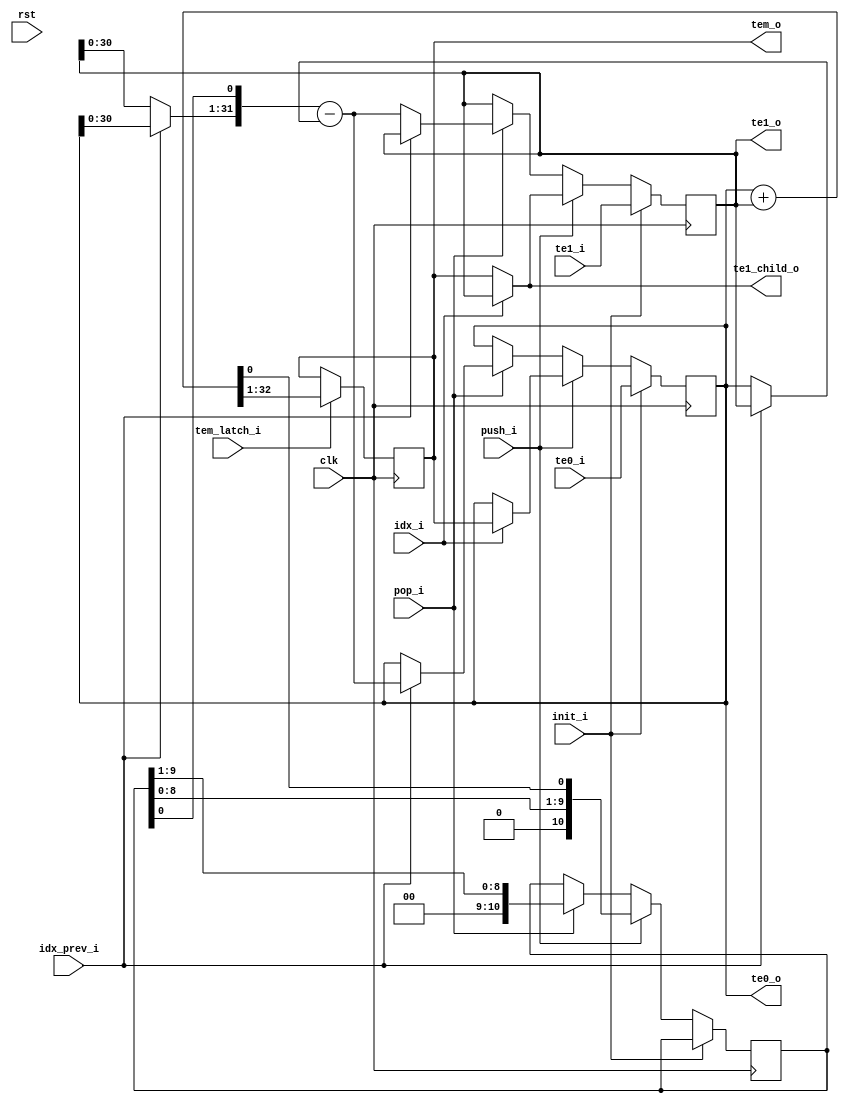
module raycast_core_axis_dp
 (
	 // Control
	 clk, rst, init_i, push_i, pop_i, tem_latch_i,
	 idx_i, idx_prev_i,
	 // Input data
	 te0_i, te1_i,
	 // Output data
	 te0_o, tem_o, te1_o, te1_child_o

 );

	// = Parameters =
	parameter dw = 32; // Data width
	parameter stack_size = 10;
	// --

	// = Ports =
	input clk;
	input rst;
	input init_i;
	input push_i;
	input pop_i;
	input tem_latch_i;
	input idx_i;
	input idx_prev_i;

	input signed [dw-1:0] te0_i;
	input signed [dw-1:0] te1_i;

	output signed [dw-1:0] te0_o;
	output signed [dw-1:0] tem_o;
	output signed [dw-1:0] te1_o;
	output signed [dw-1:0] te1_child_o;
	// --

	// = Memories/registers =
	reg signed [dw-1:0] te0;
	reg signed [dw-1:0] te1;
	reg signed [dw-1:0] tem;

`ifndef RAYC_DISABLE_STACK
	reg [stack_size:0] te_bit_stack;
`endif

	// --

	// = Wires/Aliases =
	wire signed [dw:0]  tem2;
/*	wire signed [dw-1:0] tem;*/

	wire signed [dw-1:0] te0_child;
	wire signed [dw-1:0] te1_child;

`ifndef RAYC_DISABLE_STACK
	wire te_bit_next;

	wire signed [dw:0] te_recover;
	wire signed [dw-1:0] tem_prev;
	wire signed [dw-1:0] te_pass;
	wire signed [dw-1:0] te0_prev;
	wire signed [dw-1:0] te1_prev;
`endif
	// --

	// = Expressions =

	// Output
	assign te0_o = te0;
	assign tem_o = tem;
	assign te1_o = te1;
	assign te1_child_o = te1_child;

	// Next values
	assign tem2 = te0+te1;
/*	assign tem = (tem2)>>>1;*/

	assign te0_child = idx_i ? tem : te0;
	assign te1_child = idx_i ? te1 : tem;

	// Recover previous value
`ifndef RAYC_DISABLE_STACK
	assign te_bit_next = tem2[0];

	assign te0_prev = idx_prev_i ? te_recover[dw-1:0] : te0;
	assign te1_prev = idx_prev_i ? te1 : te_recover[dw-1:0];
	assign tem_prev = idx_prev_i ? te0: te1;
	assign te_pass = idx_prev_i ? te1 : te0;
	assign te_recover = {tem_prev, te_bit_stack[0]} - {te_pass[dw-1], te_pass};
`endif

	// --

	// = Register control =
	always @(posedge clk)
	begin
		if (tem_latch_i) begin
			tem <= (tem2)>>>1;
		end
	end
	// --

	// = Stack register =
	integer i;
	always @(posedge clk)
		if (init_i) begin
			te0 <= te0_i;
			te1 <= te1_i;
		end
		else if (push_i) begin
			te0 <= te0_child;
			te1 <= te1_child;
`ifndef RAYC_DISABLE_STACK
			te_bit_stack <= {te_bit_stack[stack_size-2:0], te_bit_next};
		end
		else if (pop_i) begin
			te_bit_stack <= {1'b0, te_bit_stack[stack_size-1:1]};
			te0 <= te0_prev;
			te1 <= te1_prev;
`endif
		end
	// --

endmodule